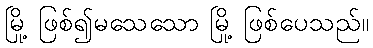
မြို့ ဖြစ်၍မသေသော မြို့ ဖြစ်ပေသည်။